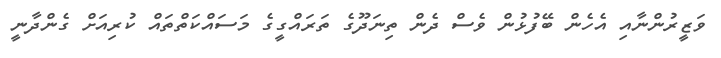
ވަޒީރުންނާއި އެހެން ބޭފުޅުން ވެސް ދެން ތިނަދޫގެ ތަރައްގީގެ މަސައްކަތްތައް ކުރިއަށް ގެންދާނީ